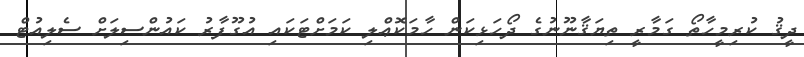
ދީޤު ކުރިމީހާތޯ ގަމާރީ ތިޔަޤާނޫނުގެ ދޯހަޅިކަން ހާމަކޮޢްލި ކަމަށްޓަކައި އުގޫފާރު ކައުންސިލަށް ސެލިއުޓް